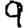
Digit: 9